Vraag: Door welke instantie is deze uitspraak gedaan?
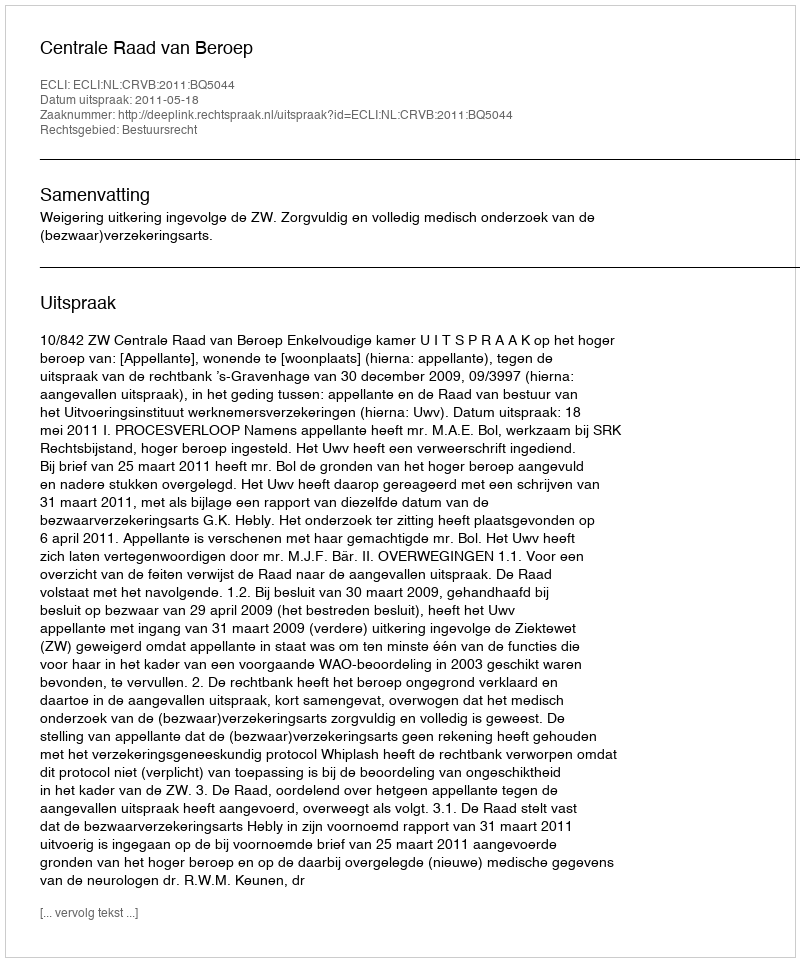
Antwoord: Centrale Raad van Beroep